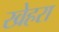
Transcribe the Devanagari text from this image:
खेहरा